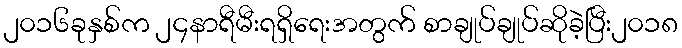
၂၀၁၆ခုနှစ်က ၂၄နာရီမီးရရှိရေးအတွက် စာချုပ်ချုပ်ဆိုခဲ့ပြီး၂၀၁၈